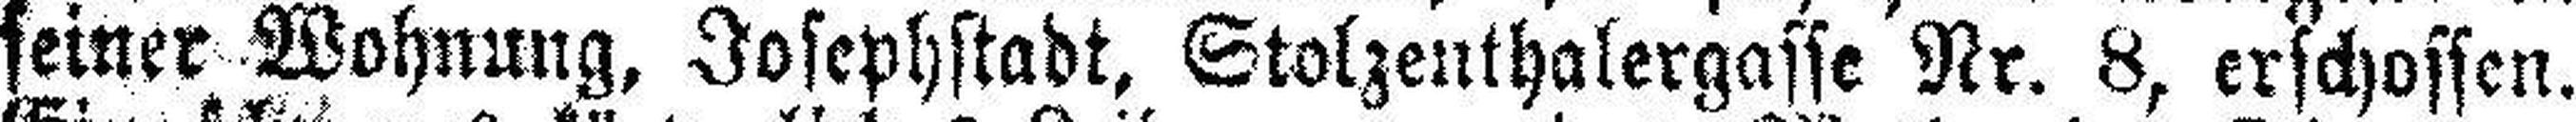
seiner Wohnung, Josephstadt, Stolzenthalergasse Nr. 8, erschossen.